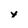
Character: y